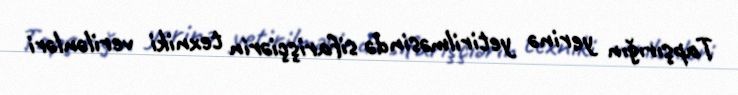
Tapşırığın yerinə yetirilməsində sifarişçiərin texniki verilənləri